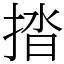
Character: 㧺